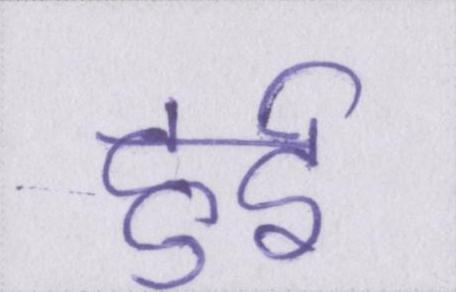
हुर्इ